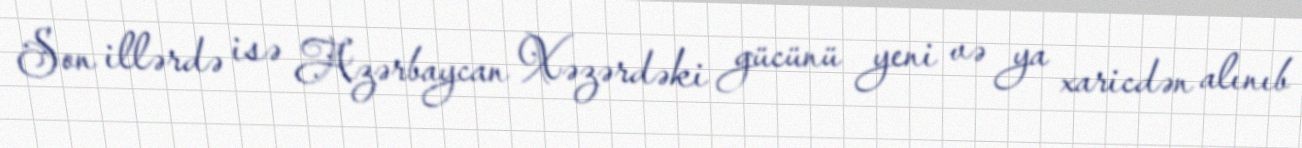
Son illərdə isə Azərbaycan Xəzərdəki gücünü yeni və ya xaricdən alınıb